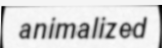
animalized